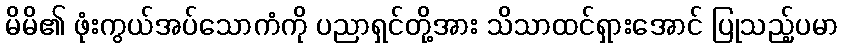
မိမိ၏ ဖုံးကွယ်အပ်သောကံကို ပညာရှင်တို့အား သိသာထင်ရှားအောင် ပြုသည့်ပမာ